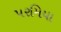
પરમિયા